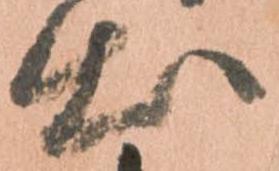
出